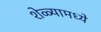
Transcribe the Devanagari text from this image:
शेळ्यामध्ये